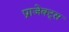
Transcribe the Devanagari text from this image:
प्राजेक्ट्स